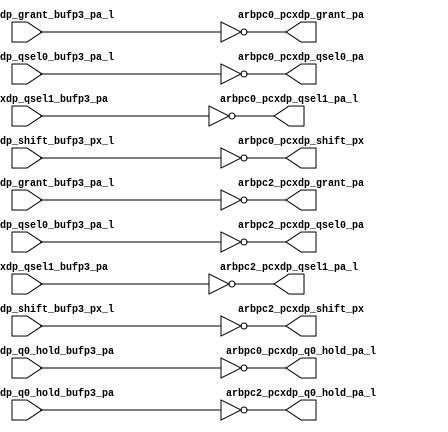
module pcx_buf_p4_even(/*AUTOARG*/
   // Outputs
   arbpc0_pcxdp_grant_pa, arbpc0_pcxdp_q0_hold_pa_l, 
   arbpc0_pcxdp_qsel0_pa, arbpc0_pcxdp_qsel1_pa_l, 
   arbpc0_pcxdp_shift_px, arbpc2_pcxdp_grant_pa, 
   arbpc2_pcxdp_q0_hold_pa_l, arbpc2_pcxdp_qsel0_pa, 
   arbpc2_pcxdp_qsel1_pa_l, arbpc2_pcxdp_shift_px, 
   // Inputs
   arbpc0_pcxdp_grant_bufp3_pa_l, arbpc0_pcxdp_q0_hold_bufp3_pa, 
   arbpc0_pcxdp_qsel0_bufp3_pa_l, arbpc0_pcxdp_qsel1_bufp3_pa, 
   arbpc0_pcxdp_shift_bufp3_px_l, arbpc2_pcxdp_grant_bufp3_pa_l, 
   arbpc2_pcxdp_q0_hold_bufp3_pa, arbpc2_pcxdp_qsel0_bufp3_pa_l, 
   arbpc2_pcxdp_qsel1_bufp3_pa, arbpc2_pcxdp_shift_bufp3_px_l
   );
   

   output 		arbpc0_pcxdp_grant_pa;	
   output 		arbpc0_pcxdp_q0_hold_pa_l;
   output 		arbpc0_pcxdp_qsel0_pa;	
   output 		arbpc0_pcxdp_qsel1_pa_l;	
   output 		arbpc0_pcxdp_shift_px;	
	  
	  
   output 		arbpc2_pcxdp_grant_pa;	
   output 		arbpc2_pcxdp_q0_hold_pa_l;
   output 		arbpc2_pcxdp_qsel0_pa;	
   output 		arbpc2_pcxdp_qsel1_pa_l;	
   output 		arbpc2_pcxdp_shift_px;	
	  
	  
   input		arbpc0_pcxdp_grant_bufp3_pa_l;	
   input		arbpc0_pcxdp_q0_hold_bufp3_pa;
   input		arbpc0_pcxdp_qsel0_bufp3_pa_l;	
   input		arbpc0_pcxdp_qsel1_bufp3_pa;	
   input		arbpc0_pcxdp_shift_bufp3_px_l;	

   input		arbpc2_pcxdp_grant_bufp3_pa_l;	
   input		arbpc2_pcxdp_q0_hold_bufp3_pa;
   input		arbpc2_pcxdp_qsel0_bufp3_pa_l;	
   input		arbpc2_pcxdp_qsel1_bufp3_pa;	
   input		arbpc2_pcxdp_shift_bufp3_px_l;	

								
   assign		arbpc0_pcxdp_grant_pa		   =    ~arbpc0_pcxdp_grant_bufp3_pa_l;      	
   assign		arbpc0_pcxdp_q0_hold_pa_l	   =    ~arbpc0_pcxdp_q0_hold_bufp3_pa;
   assign		arbpc0_pcxdp_qsel0_pa		   =    ~arbpc0_pcxdp_qsel0_bufp3_pa_l;
   assign		arbpc0_pcxdp_qsel1_pa_l		   =    ~arbpc0_pcxdp_qsel1_bufp3_pa;
   assign		arbpc0_pcxdp_shift_px		   =    ~arbpc0_pcxdp_shift_bufp3_px_l;
								                                        
   assign		arbpc2_pcxdp_grant_pa		   =    ~arbpc2_pcxdp_grant_bufp3_pa_l;      	
   assign		arbpc2_pcxdp_q0_hold_pa_l	   =    ~arbpc2_pcxdp_q0_hold_bufp3_pa;
   assign		arbpc2_pcxdp_qsel0_pa		   =    ~arbpc2_pcxdp_qsel0_bufp3_pa_l;
   assign		arbpc2_pcxdp_qsel1_pa_l		   =    ~arbpc2_pcxdp_qsel1_bufp3_pa;
   assign		arbpc2_pcxdp_shift_px		   =    ~arbpc2_pcxdp_shift_bufp3_px_l;
								                                    
   
endmodule